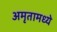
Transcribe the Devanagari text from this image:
अमृतामध्ये